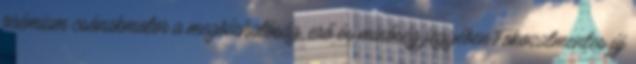
prémium csónakmotor a megbízhatóság, erő és minőség jegyében.Fokozatmentes új